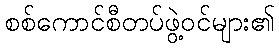
စစ်ကောင်စီတပ်ဖွဲ့ဝင်များ၏